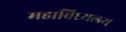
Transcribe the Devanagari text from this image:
महाविध्यलय